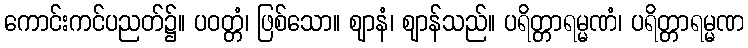
ကောင်းကင်ပညတ်၌။ ပဝတ္တံ၊ ဖြစ်သော။ ဈာနံ၊ ဈာန်သည်။ ပရိတ္တာရမ္မဏံ၊ ပရိတ္တာရမ္မဏ